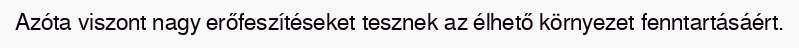
Azóta viszont nagy erőfeszítéseket tesznek az élhető környezet fenntartásáért.